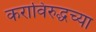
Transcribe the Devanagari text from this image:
कराविरुद्धच्या